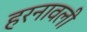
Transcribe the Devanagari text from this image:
हरनावली